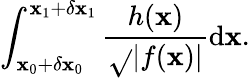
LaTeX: \int_{\mathbf{x}_{0}+\delta\mathbf{x}_{0}}^{\mathbf{x}_{1}+\delta\mathbf{x}_{1}}\frac{{h(\mathbf{x})}}{{\sqrt{}{{|f(\mathbf{x})|}}}}\mathrm{{d}}\mathbf{x}.